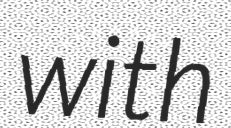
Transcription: with